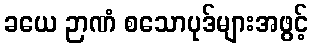
ခယေ ဉာဏံ စသောပုဒ်များအဖွင့်